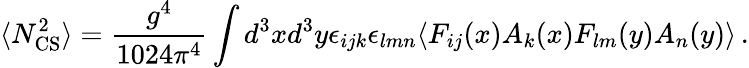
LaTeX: \langle N_{\mathrm{CS}}^{2}\rangle=\frac{g^{4}}{1024\pi^{4}}\int d^{3}xd^{3}y\epsilon_{ijk}\epsilon_{lmn}\langle F_{ij}(x)A_{k}(x)F_{lm}(y)A_{n}(y)\rangle\, .